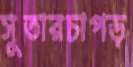
সুতারচাপড়